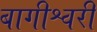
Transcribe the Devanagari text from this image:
बागीश्वरी